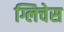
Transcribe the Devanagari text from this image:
ग्लिचेस